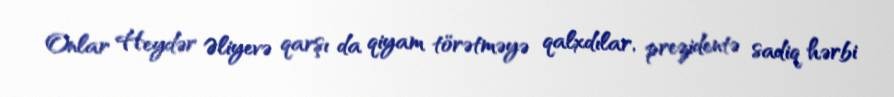
Onlar Heydər Əliyevə qarşı da qiyam törətməyə qalxdılar, prezidentə sadiq hərbi